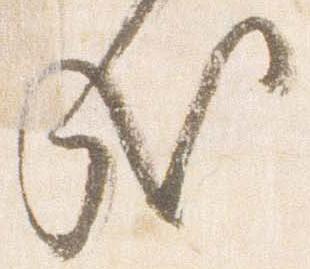
哉